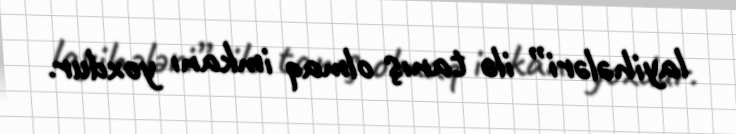
layihələri” ilə tanış olmaq imkanı yoxdur.